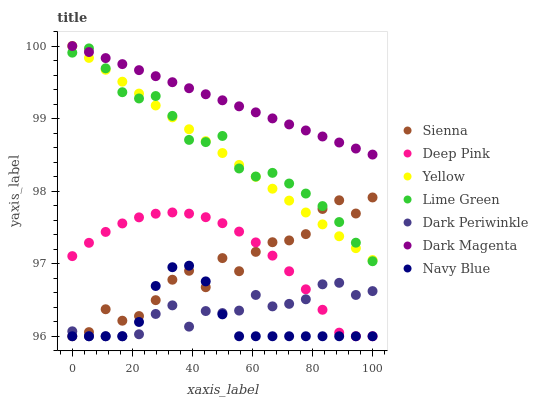
| xaxis_label | Sienna | Deep Pink | Yellow | Lime Green | Dark Periwinkle | Dark Magenta | Navy Blue |
 | --- | --- | --- | --- | --- | --- | --- | --- |
 | 0 | 96 | 97.1 | 100 | 99.9 | 96.1 | 100 | 96 |
 | 5.56 | 96.1 | 97.3 | 99.8 | 100 | 96 | 99.9 | 96 |
 | 11.1 | 96.4 | 97.4 | 99.7 | 99.7 | 96 | 99.8 | 96 |
 | 16.7 | 96.2 | 97.6 | 99.5 | 99.4 | 96 | 99.8 | 96 |
 | 22.2 | 96.3 | 97.6 | 99.3 | 99.3 | 96 | 99.7 | 96.2 |
 | 27.8 | 96.5 | 97.7 | 99.2 | 99.3 | 96.3 | 99.6 | 96.7 |
 | 33.3 | 96.8 | 97.7 | 99 | 99 | 96.4 | 99.5 | 97 |
 | 38.9 | 96.9 | 97.7 | 98.9 | 98.7 | 96.1 | 99.4 | 97 |
 | 44.4 | 96.7 | 97.6 | 98.7 | 98.7 | 96.3 | 99.3 | 96.8 |
 | 50 | 97.1 | 97.6 | 98.5 | 98.8 | 96.3 | 99.3 | 96.3 |
 | 55.6 | 96.9 | 97.4 | 98.4 | 98.3 | 96.4 | 99.2 | 96 |
 | 61.1 | 97.2 | 97.3 | 98.2 | 98.2 | 96.6 | 99.1 | 96 |
 | 66.7 | 97.3 | 97.1 | 98 | 98.3 | 96.4 | 99 | 96 |
 | 72.2 | 97.3 | 96.9 | 97.9 | 98.1 | 96.4 | 98.9 | 96 |
 | 77.8 | 97.4 | 96.6 | 97.7 | 98 | 96.5 | 98.8 | 96 |
 | 83.3 | 97.8 | 96.4 | 97.5 | 97.8 | 96.7 | 98.8 | 96 |
 | 88.9 | 97.9 | 96 | 97.4 | 97.6 | 96.7 | 98.7 | 96 |
 | 94.4 | 97.7 | 96 | 97.2 | 97.3 | 96.6 | 98.6 | 96 |
 | 100 | 97.9 | 96 | 97.1 | 97 | 96.6 | 98.5 | 96 |